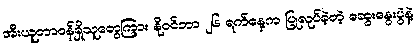
အီးယူတာဝန်ရှိသူတွေကြား နိုဝင်ဘာ ၂၆ ရက်နေ့က ပြုလုပ်ခဲ့တဲ့ ဆွေးနွေးပွဲနဲ့